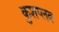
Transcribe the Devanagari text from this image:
कुशप्लव